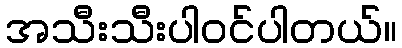
အသီးသီးပါ၀င်ပါတယ်။